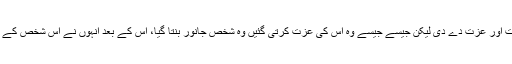
وینا ملک نے ایک سچے واقعے کا حوالہ دیتے ہوئے بتایا کہ ایک بار انہوں نے ایک شخص کو بہت زیادہ اہمیت اور عزت دے دی لیکن جیسے جیسے وہ اس کی عزت کرتی گئیں وہ شخص جانور بنتا گیا، اس کے بعد انہوں نے اس شخص کے ساتھ اس کے معیار کے مطابق سلوک شروع کر دیا جس کے بعد اس شخص کو اپنے اصل مقام کا پتا لگ گیا ۔